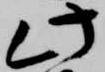
此